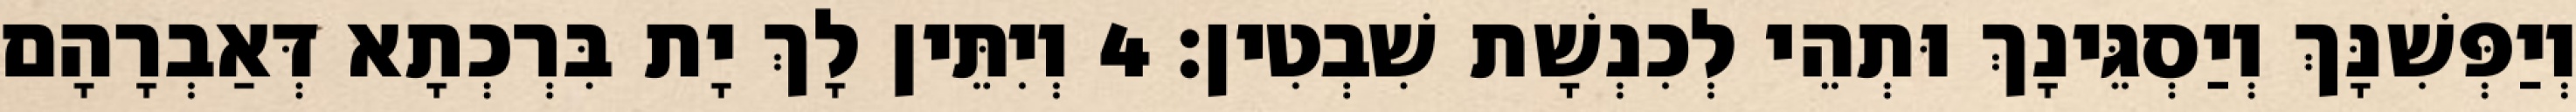
וְיַפְּשִׁנָּךְ וְיַסְגֵּינָךְ וּתְהֵי לְכִנְשָׁת שִׁבְטִין׃ 4 וְיִתֵּין לָךְ יָת בִּרְכְתָא דְּאַבְרָהָם